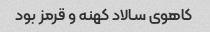
کاهوی سالاد کهنه و قرمز بود